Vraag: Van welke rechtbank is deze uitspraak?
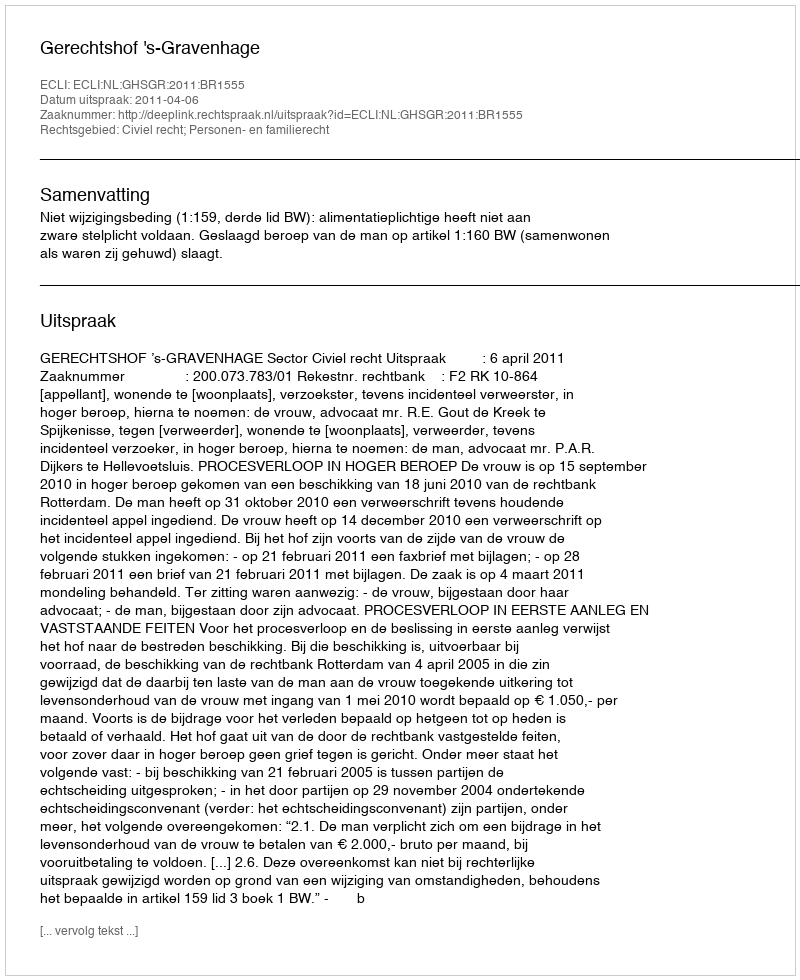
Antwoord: Gerechtshof 's-Gravenhage